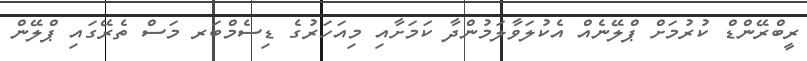
ރީބްރޭންޑް ކުރުމަށް ޕްލޭނެއް އެކުލަވާލަމުންދާ ކަމަށާއި މިއަހަރުގެ ޑިސެމްބަރ މަސް ތެރޭގައި ޕްލޭން